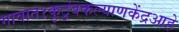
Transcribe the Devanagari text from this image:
गावात१कुटुंबकल्याणकेंद्रआहे